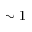
\sim 1